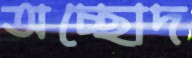
অচ্ছোদ